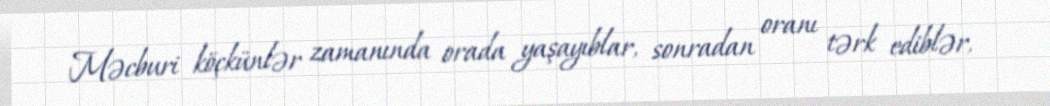
Məcburi köçkünlər zamanında orada yaşayıblar, sonradan oranı tərk ediblər,